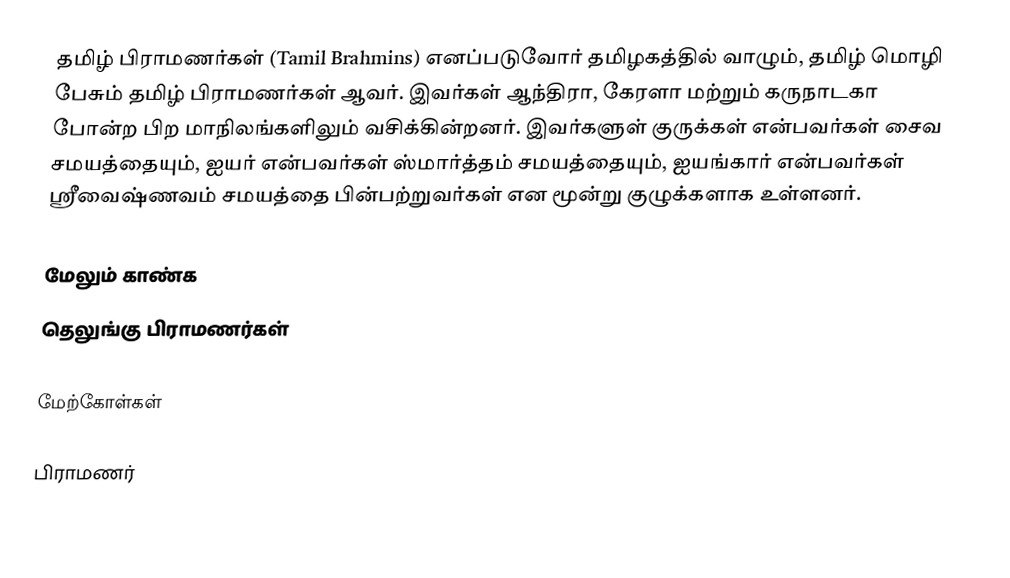
தமிழ் பிராமணர்கள் (Tamil Brahmins) எனப்படுவோர் தமிழகத்தில் வாழும், தமிழ் மொழி பேசும் தமிழ் பிராமணர்கள் ஆவர். இவர்கள் ஆந்திரா, கேரளா மற்றும் கருநாடகா போன்ற பிற மாநிலங்களிலும் வசிக்கின்றனர். இவர்களுள் குருக்கள் என்பவர்கள் சைவ சமயத்தையும், ஐயர் என்பவர்கள் ஸ்மார்த்தம் சமயத்தையும், ஐயங்கார் என்பவர்கள் ஸ்ரீவைஷ்ணவம் சமயத்தை பின்பற்றுவர்கள் என மூன்று குழுக்களாக உள்ளனர்.

மேலும் காண்க
 தெலுங்கு பிராமணர்கள்

மேற்கோள்கள்

பிராமணர்